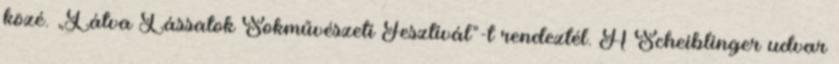
közé. „Látva Lássatok Sokművészeti Fesztivál”-t rendeztél. A Scheiblinger udvar